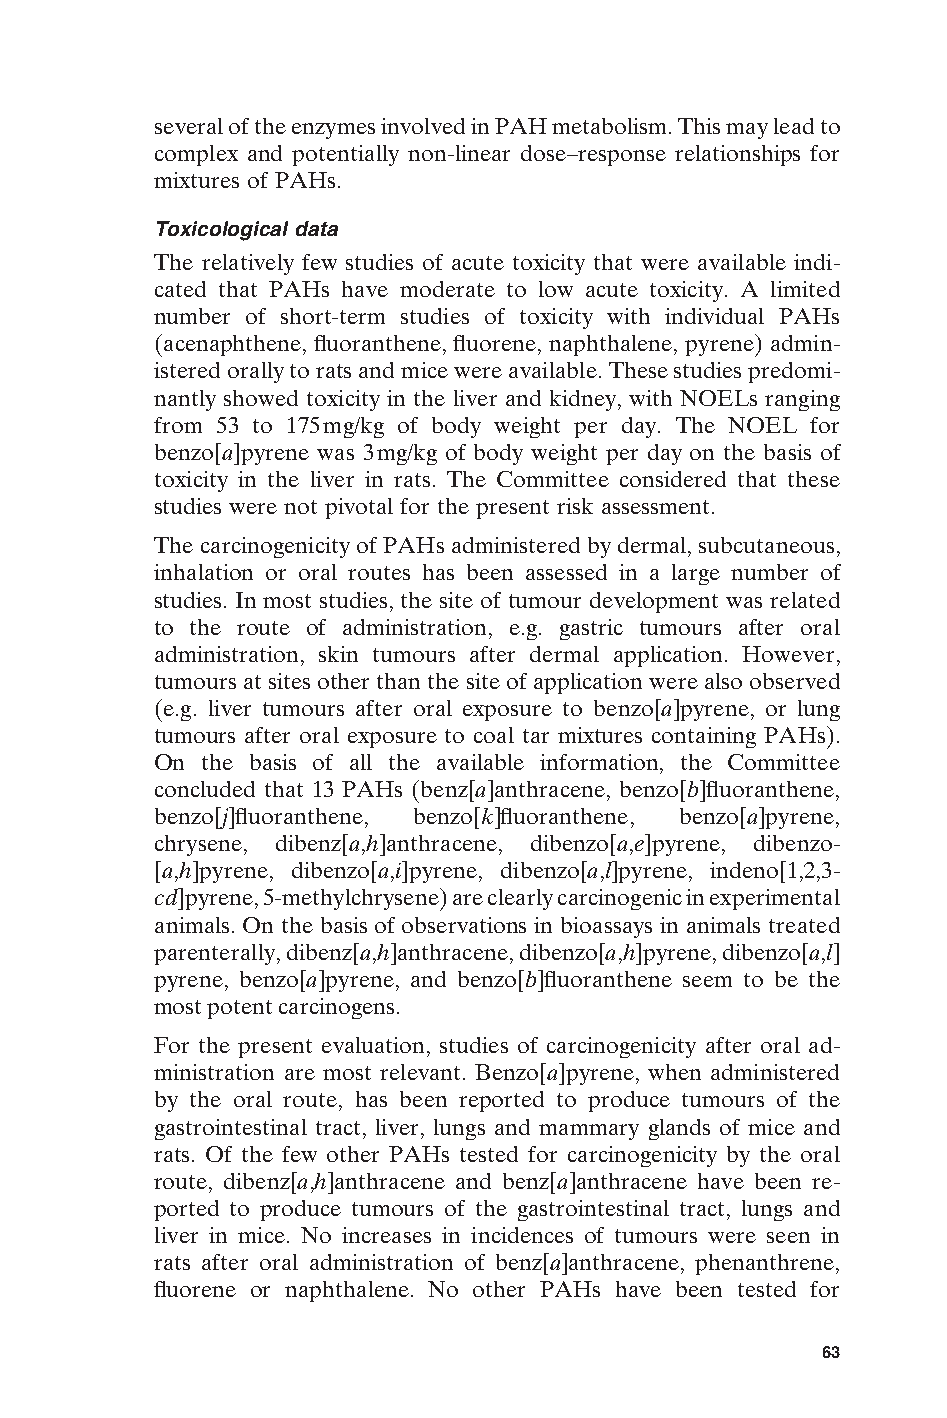
several of the enzymes involved in PAH metabolism. This may lead to
 complex and potentially non-linear dose–response relationships for
 mixtures of PAHs.
 Toxicological data
 The relatively few studies of acute toxicity that were available indi-
 cated that PAHs have moderate to low acute toxicity. A limited
 number of short-term studies of toxicity with individual PAHs
 (acenaphthene, fluoranthene, fluorene, naphthalene, pyrene) admin-
 istered orally to rats and mice were available. These studies predomi-
 nantly showed toxicity in the liver and kidney, with NOELs ranging
 from 53 to 175mg/kg of body weight per day. The NOEL for
 benzo[a]pyrene was 3mg/kg of body weight per day on the basis of
 toxicity in the liver in rats. The Committee considered that these
 studies were not pivotal for the present risk assessment.
 The carcinogenicity of PAHs administered by dermal, subcutaneous,
 inhalation or oral routes has been assessed in a large number of
 studies. In most studies, the site of tumour development was related
 to the route of administration, e.g. gastric tumours after oral
 administration, skin tumours after dermal application. However,
 tumours at sites other than the site of application were also observed
 (e.g. liver tumours after oral exposure to benzo[a]pyrene, or lung
 tumours after oral exposure to coal tar mixtures containing PAHs).
 On the basis of all the available information, the Committee
 concluded that 13 PAHs (benz[a]anthracene, benzo[b]fluoranthene,
 benzo[j]fluoranthene, benzo[k]fluoranthene, benzo[a]pyrene,
 chrysene, dibenz[a,h]anthracene, dibenzo[a,e]pyrene, dibenzo-
 [a,h]pyrene, dibenzo[a,i]pyrene, dibenzo[a,l]pyrene, indeno[1,2,3-
 cd]pyrene, 5-methylchrysene) are clearly carcinogenic in experimental
 animals. On the basis of observations in bioassays in animals treated
 parenterally, dibenz[a,h]anthracene, dibenzo[a,h]pyrene, dibenzo[a,l]
 pyrene, benzo[a]pyrene, and benzo[b]fluoranthene seem to be the
 most potent carcinogens.
 For the present evaluation, studies of carcinogenicity after oral ad-
 ministration are most relevant. Benzo[a]pyrene, when administered
 by the oral route, has been reported to produce tumours of the
 gastrointestinal tract, liver, lungs and mammary glands of mice and
 rats. Of the few other PAHs tested for carcinogenicity by the oral
 route, dibenz[a,h]anthracene and benz[a]anthracene have been re-
 ported to produce tumours of the gastrointestinal tract, lungs and
 liver in mice. No increases in incidences of tumours were seen in
 rats after oral administration of benz[a]anthracene, phenanthrene,
 fluorene or naphthalene. No other PAHs have been tested for E
 63
 Untitled-4       63                    12/20/05, 19:53